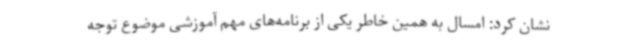
نشان کرد: امسال به همین خاطر یکی از برنامه‌های مهم آموزشی موضوع توجه